Indian Medical Review
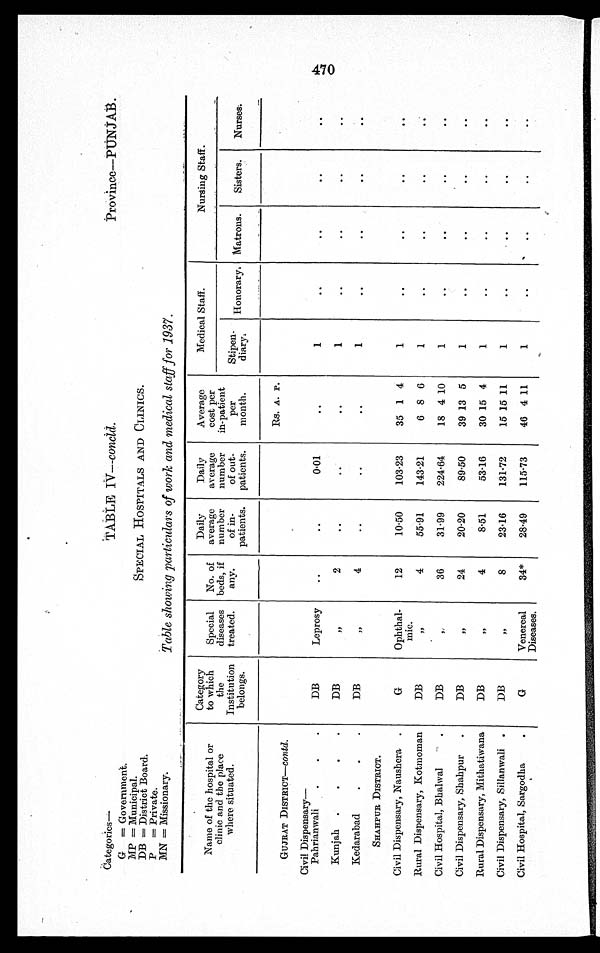
Categories—
G = Government.
MP = Municipal.
DB = District Board.
P = Private.
MN = Missionary.
TABLE IV—concld .
Province—PUNJA
B.
SPECIAL HOSPITALS AND CLINICS.
Table showing particulars of work and medical staff for 1937.
Name of the hospital or
clinic and the place
where situated.
Category
to which
the
Institution
belongs.
Special
diseases
treated.
No. of
beds, if
any.
Daily
average
number
of in-
patients.
Daily
average
number
of out-
patients.
Average
cost per
in-patient
per
month.
Medical Staff.
Nursing Staff.
Stipen-
diary:
Honorary: Matrons.
Sisters.
Nurses.
GUJRAT DISTRICT—contd.
Rs. A. P.
Civil Dispensary
—
Pahrianwali
.
.
.
DB
Leprosy
..
..
0.01
..
1
. .
..
..
. .
Kunjah. .
•
•
DB
, ,
2
..
..
..
1
..
..
..
..
Kedarabad
.
.
.
DB
, ,
4
..
..
..
. .
. .
. .
..
..
SHAHPUR DISTRICT.
Civil Dispensary, Naushera .
G
Ophthal-
mic.
12
10-50
103-23
35 1 4
1
..
. .
. .
. .
Rural Dispensary, Kotmoman
DB
, ,
4
55-91
143-21
6 8 6
1
..
..
. .
. .
Civil Hospital, Bhalwal
DB
, ,
36
31.99
224.64
18 4 10
1
. .
. .
..
. .
Civil Dispensary, Shahpur
.
DB
, ,
24
20.20
89.50
39 13 5
1
..
..
..
..
Rural Dispensary, Mithatiwana
DB
, ,
4
8-51
53-16
30 15 4
1
..
..
..
. .
Civil Dispensary, Sillanwali .
DB
, ,
8
23.16
131.72
15 15 11
1
..
. .
..
..
Civil Hospital, Sargodha
.
G
Venereal
Diseases.
34*
28.49
115-73
46 4 11
1
..
..
..
..